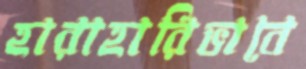
হারাহারিভাবে